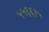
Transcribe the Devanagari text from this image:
५५६६१५